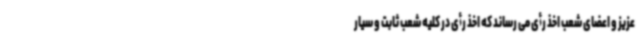
عزیز و اعضای شعب اخذ رأی می رساند که اخذ رأی در کلیه شعب ثابت و سیار